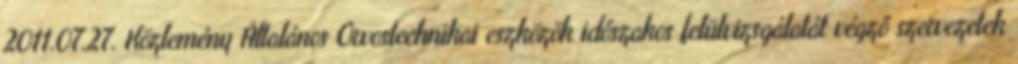
2011.07.27. Közlemény Általános Orvostechnikai eszközök időszakos felülvizsgálatát végző szervezetek